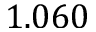
1 . 0 6 0